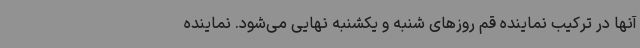
آنها در ترکیب نماینده قم روزهای شنبه و یکشنبه نهایی می‌شود. نماینده